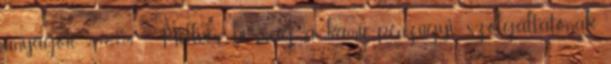
anyagok 2017.11.14 - Milliós bírság a kamu pénzügyi szolgáltatónak